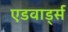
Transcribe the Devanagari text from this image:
एडवार्ड्स